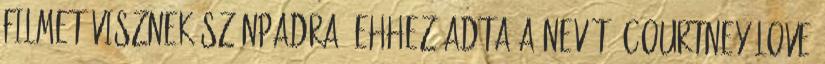
filmet visznek színpadra, ehhez adta a nevét. Courtney Love